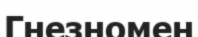
Гнезномен